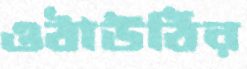
ওঠাউঠির